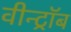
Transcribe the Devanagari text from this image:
वीन्ट्रॉब